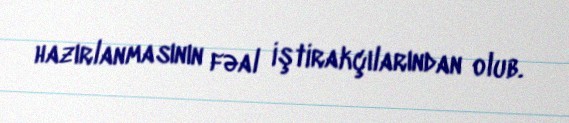
hazırlanmasının fəal iştirakçılarından olub.